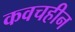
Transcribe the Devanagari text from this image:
कवचहीन